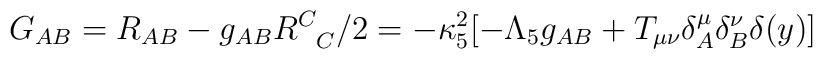
G_{AB}=R_{AB}-g_{AB}R^C_{\phantom{C}C}/2=-\kappa^2_5 [-\Lambda_5 g_{AB} +T_{\mu \nu}\delta^{\mu}_A\delta^{\nu}_B\delta(y)]